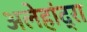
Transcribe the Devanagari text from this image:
अलेहांद्रा